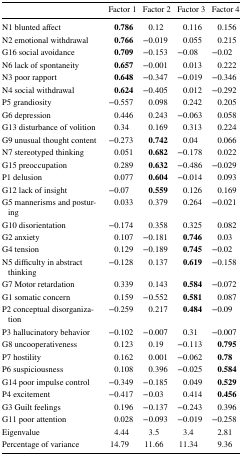
<table><thead><tr><td></td><td><b>Factor 1</b></td><td><b>Factor 2</b></td><td><b>Factor 3</b></td><td><b>Factor 4</b></td></tr></thead><tbody><tr><td>N1 blunted affect</td><td><b>0.786</b></td><td>0.12</td><td>0.116</td><td>0.156</td></tr><tr><td>N2 emotional withdrawal</td><td><b>0.766</b></td><td>−0.019</td><td>0.055</td><td>0.215</td></tr><tr><td>G16 social avoidance</td><td><b>0.709</b></td><td>−0.153</td><td>−0.08</td><td>−0.02</td></tr><tr><td>N6 lack of spontaneity</td><td><b>0.657</b></td><td>−0.001</td><td>0.013</td><td>0.222</td></tr><tr><td>N3 poor rapport</td><td><b>0.648</b></td><td>−0.347</td><td>−0.019</td><td>−0.346</td></tr><tr><td>N4 social withdrawal</td><td><b>0.624</b></td><td>−0.405</td><td>0.012</td><td>−0.292</td></tr><tr><td>P5 grandiosity</td><td>−0.557</td><td>0.098</td><td>0.242</td><td>0.205</td></tr><tr><td>G6 depression</td><td>0.446</td><td>0.243</td><td>−0.063</td><td>0.058</td></tr><tr><td>G13 disturbance of volition</td><td>0.34</td><td>0.169</td><td>0.313</td><td>0.224</td></tr><tr><td>G9 unusual thought content</td><td>−0.273</td><td><b>0.742</b></td><td>0.04</td><td>0.066</td></tr><tr><td>N7 stereotyped thinking</td><td>0.051</td><td><b>0.682</b></td><td>−0.178</td><td>0.022</td></tr><tr><td>G15 preoccupation</td><td>0.289</td><td><b>0.632</b></td><td>−0.486</td><td>−0.029</td></tr><tr><td>P1 delusion</td><td>0.077</td><td><b>0.604</b></td><td>−0.014</td><td>0.093</td></tr><tr><td>G12 lack of insight</td><td>−0.07</td><td><b>0.559</b></td><td>0.126</td><td>0.169</td></tr><tr><td>G5 mannerisms and posturing</td><td>0.033</td><td>0.379</td><td>0.264</td><td>−0.021</td></tr><tr><td>G10 disorientation</td><td>−0.174</td><td>0.358</td><td>0.325</td><td>0.082</td></tr><tr><td>G2 anxiety</td><td>0.107</td><td>−0.181</td><td><b>0.746</b></td><td>0.03</td></tr><tr><td>G4 tension</td><td>0.129</td><td>−0.189</td><td><b>0.745</b></td><td>−0.02</td></tr><tr><td>N5 difficulty in abstract thinking</td><td>−0.128</td><td>0.137</td><td><b>0.619</b></td><td>−0.158</td></tr><tr><td>G7 Motor retardation</td><td>0.339</td><td>0.143</td><td><b>0.584</b></td><td>−0.072</td></tr><tr><td>G1 somatic concern</td><td>0.159</td><td>−0.552</td><td><b>0.581</b></td><td>0.087</td></tr><tr><td>P2 conceptual disorganization</td><td>−0.259</td><td>0.217</td><td><b>0.484</b></td><td>−0.09</td></tr><tr><td>P3 hallucinatory behavior</td><td>−0.102</td><td>−0.007</td><td>0.31</td><td>−0.007</td></tr><tr><td>G8 uncooperativeness</td><td>0.123</td><td>0.19</td><td>−0.113</td><td><b>0.795</b></td></tr><tr><td>P7 hostility</td><td>0.162</td><td>0.001</td><td>−0.062</td><td><b>0.78</b></td></tr><tr><td>P6 suspiciousness</td><td>0.108</td><td>0.396</td><td>−0.025</td><td><b>0.584</b></td></tr><tr><td>G14 poor impulse control</td><td>−0.349</td><td>−0.185</td><td>0.049</td><td><b>0.529</b></td></tr><tr><td>P4 excitement</td><td>−0.417</td><td>−0.03</td><td>0.414</td><td><b>0.456</b></td></tr><tr><td>G3 Guilt feelings</td><td>0.196</td><td>−0.137</td><td>−0.243</td><td>0.396</td></tr><tr><td>G11 poor attention</td><td>0.028</td><td>−0.093</td><td>−0.019</td><td>−0.258</td></tr><tr><td>Eigenvalue</td><td>4.44</td><td>3.5</td><td>3.4</td><td>2.81</td></tr><tr><td>Percentage of variance</td><td>14.79</td><td>11.66</td><td>11.34</td><td>9.36</td></tr></tbody></table>